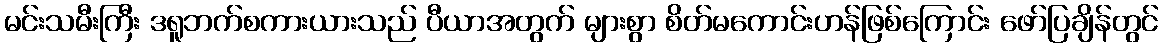
မင်းသမီးကြီး ဒရူဘက်စကားယားသည် ပီယာအတွက် များစွာ စိတ်မကောင်းဟန်ဖြစ်ကြောင်း ဖော်ပြချိန်တွင်